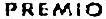
PREMIO